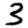
Digit: 3